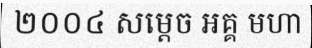
២០០៤ សម្តេច អគ្គ មហា